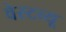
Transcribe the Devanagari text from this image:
वेस्टव्यू